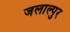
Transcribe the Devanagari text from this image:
जलाल्पुर